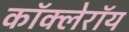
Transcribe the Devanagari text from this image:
कॉक्लेरॉय